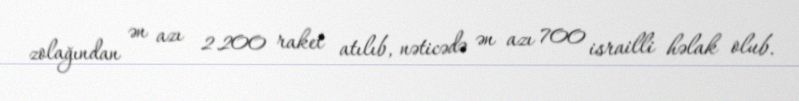
zolağından ən azı 2.200 raket atılıb, nəticədə ən azı 700 israilli həlak olub.